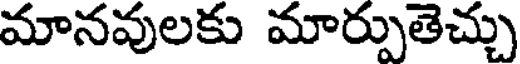
మానవులకు మార్పుతెచ్చు